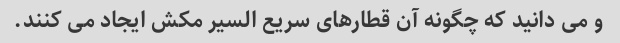
و می دانید که چگونه آن قطارهای سریع السیر مکش ایجاد می کنند.